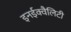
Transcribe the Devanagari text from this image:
इनईक्वैलिटी